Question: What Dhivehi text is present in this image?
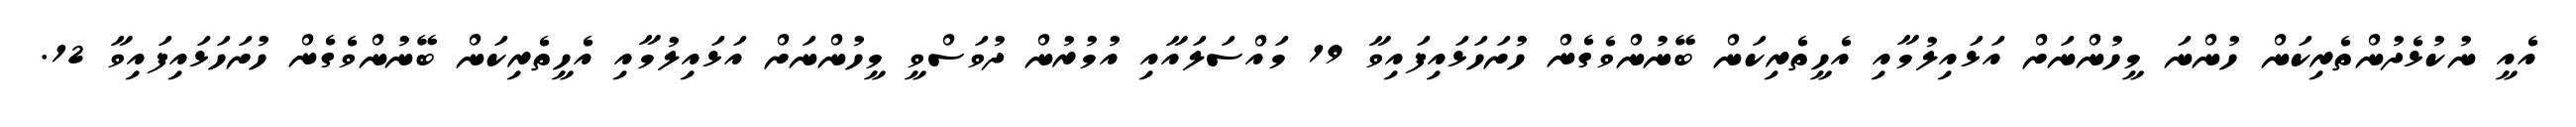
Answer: އެއީ ނުކުޅެދުންތެރިކަން ހުންނަ މީހުންނަށް އަޅައިލުމާއި އެހީތެރިކަން ބޭނުންވެގެން ހުށަހަޅައިފައިވާ 19 މައްސަލައާއި އުމުރުން ދުވަސްވީ މީހުންނަށް އަޅައިލުމާއި އެހީތެރިކަން ބޭނުންވެގެން ހުށަހަޅައިފައިވާ 12.